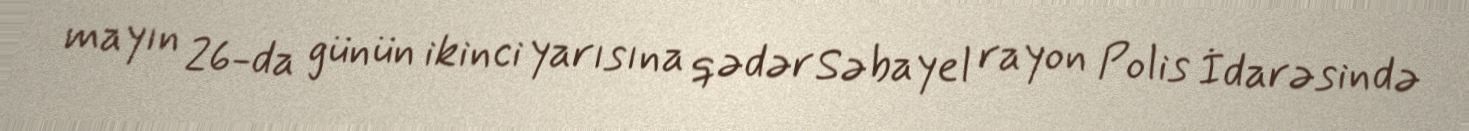
mayın 26-da günün ikinci yarısına qədər Səbayel rayon Polis İdarəsində